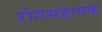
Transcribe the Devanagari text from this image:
रोगसहायक